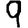
Digit: 9